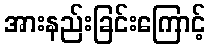
အားနည်းခြင်းကြောင့်